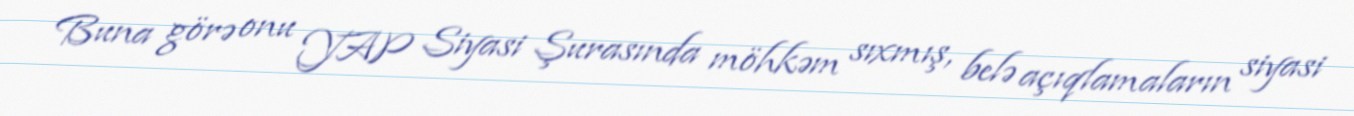
Buna görə onu YAP Siyasi Şurasında möhkəm sıxmış, belə açıqlamaların siyasi